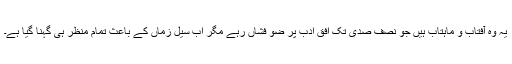
یہ وہ آفتاب و ماہتاب ہیں جو نصف صدی تک افق ادب پر ضو فشاں رہے مگر اب سیل زماں کے باعث تمام منظر ہی گہنا گیا ہے۔